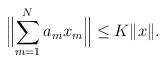
LaTeX: \begin{align*} \Bigl\|\sum_{m=1}^N a_mx_m\Bigr\| \leq K\|x\|. \end{align*}